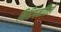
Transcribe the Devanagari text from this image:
बिडिगनविले